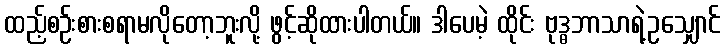
ထည့်စဉ်းစားစရာမလိုတော့ဘူးလို့ ဖွင့်ဆိုထားပါတယ်။ ဒါပေမဲ့ ထိုင်း ဗုဒ္ဓဘာသာရဲ့ဥသျှောင်